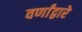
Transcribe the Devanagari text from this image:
वर्णांद्वारे